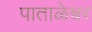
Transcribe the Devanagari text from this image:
पाताळेश्र्वर